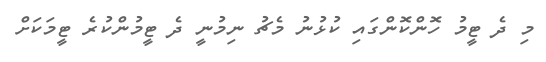
މި ދެ ޓީމު ހޮންކޮންގައި ކުޅުނު މެޗު ނިމުނީ ދެ ޓީމުންކުރެ ޓީމަކަށް